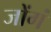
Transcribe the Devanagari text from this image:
जोंगं